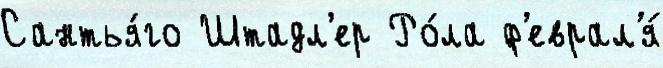
Сантья́го Штадл'ер Ро́ла ф'еврал'я́